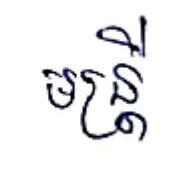
មន្ត្រី